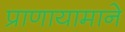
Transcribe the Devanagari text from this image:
प्राणायामाने